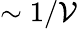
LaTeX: \sim1/\mathcal{V}